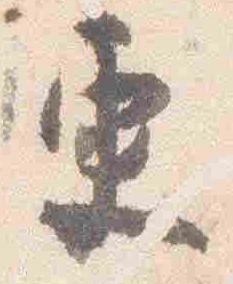
更